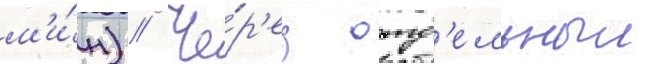
м'и́н) // Че́р'ез отд'ельныи